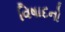
વિષાદનો